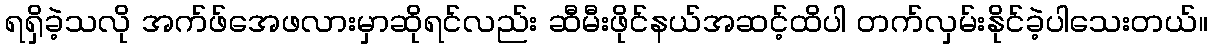
ရရှိခဲ့သလို အက်ဖ်အေဖလားမှာဆိုရင်လည်း ဆီမီးဖိုင်နယ်အဆင့်ထိပါ တက်လှမ်းနိုင်ခဲ့ပါသေးတယ်။